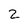
Character: 2